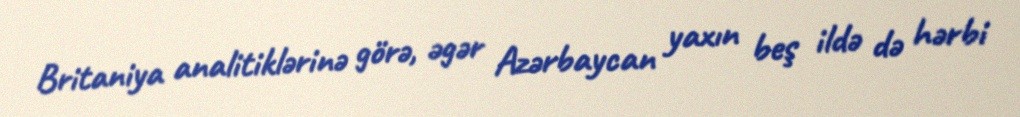
Britaniya analitiklərinə görə, əgər Azərbaycan yaxın beş ildə də hərbi